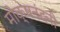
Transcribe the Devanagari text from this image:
मोक्षनंदनी